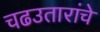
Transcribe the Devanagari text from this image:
चढउतारांचे